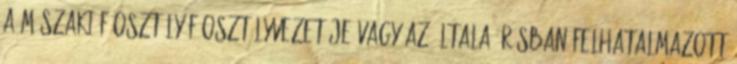
a Műszaki Főosztály főosztályvezetője vagy az általa írásban felhatalmazott